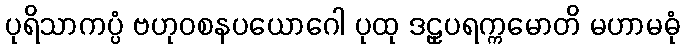
ပုရိသာကပ္ပံ ဗဟုဝစနပယောဂေါ ပုထု ဒဠှပရက္ကမောတိ မဟာမဓုံ